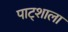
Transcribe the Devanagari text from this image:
पाट्शाला